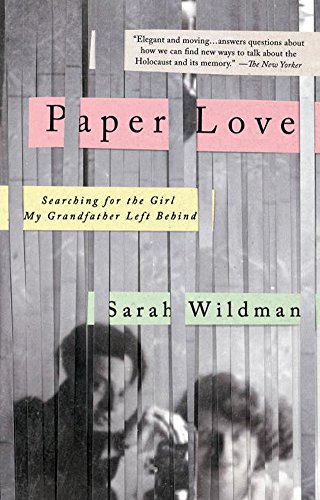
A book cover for Paper Love: Searching for the Girl My Grandfather Left Behind; Sarah Wildman; Biographies & Memoirs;